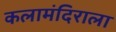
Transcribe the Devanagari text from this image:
कलामंदिराला